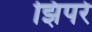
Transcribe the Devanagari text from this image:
झिपरे